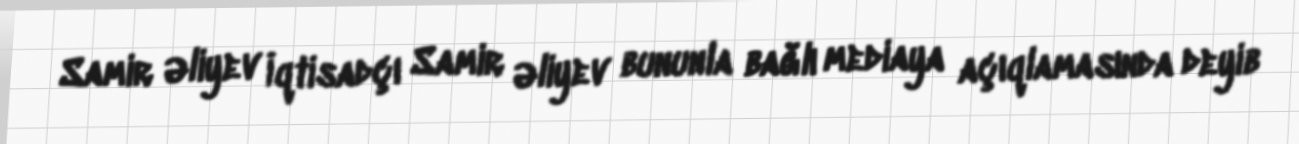
Samir Əliyev İqtisadçı Samir Əliyev bununla bağlı mediaya açıqlamasında deyib